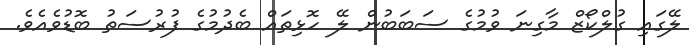
ލޭގައި ގުލްކޯޒް މާގިނަ ވުމުގެ ސަބަބުން ލޭ ހޮޅިތައް ބެދުމުގެ ފުރުސަތު ބޮޑުވެއެެވެެ.